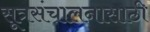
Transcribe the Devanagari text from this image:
सूत्रसंचालनासाठी